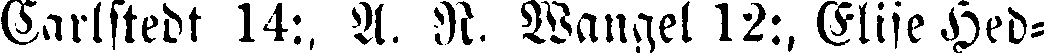
Carlstedt 14:, A. N. Wangel 12:, Elise Hed-